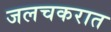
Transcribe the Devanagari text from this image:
जलचकरात